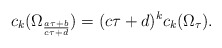
\begin{align*}c_k(\Omega_{\frac{a\tau+b}{c\tau+d}})=(c\tau+d)^{k} c_k(\Omega_{\tau}).\end{align*}